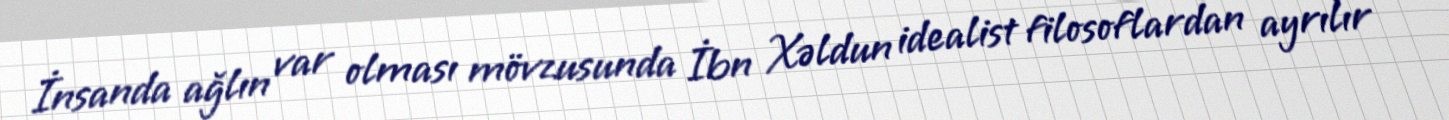
İnsanda ağlın var olması mövzusunda İbn Xəldun idealist filosoflardan ayrılır